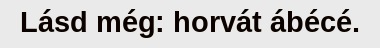
Lásd még: horvát ábécé.